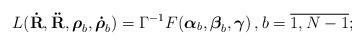
LaTeX: \begin{align*}L({\bf\dot R},{\bf\ddot R},{\mbox{\boldmath$\rho$}}_b , {\mbox{\boldmath$\dot\rho$}}_b) =\Gamma^{-1}F({\mbox{\boldmath$\alpha$}}_b,{\mbox{\boldmath$\beta$}}_b,{\mbox{\boldmath$\gamma$}})\,, b=\overline{1,N-1};\end{align*}